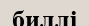
биллі